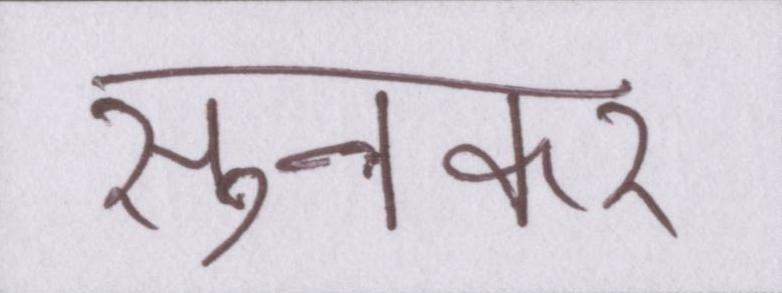
सुनकर